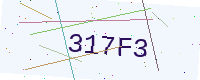
Text: 317F3